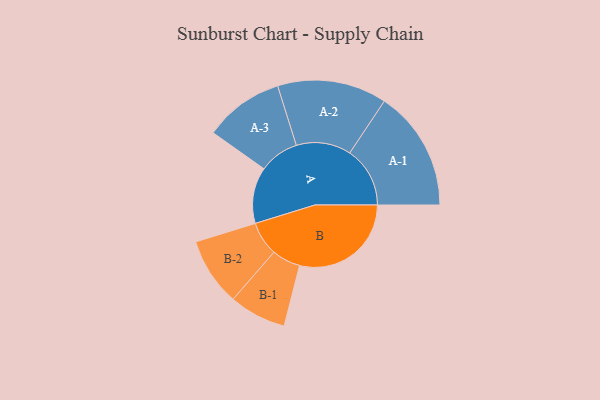
{"axis": {"x": "Segment", "y": "Value"}, "legend": ["", "A", "B"], "data": [{"x": "A", "y": 234, "type": ""}, {"x": "B", "y": 465, "type": ""}, {"x": "A-1", "y": 251, "type": "A"}, {"x": "A-2", "y": 228, "type": "A"}, {"x": "A-3", "y": 166, "type": "A"}, {"x": "B-1", "y": 119, "type": "B"}, {"x": "B-2", "y": 142, "type": "B"}]}